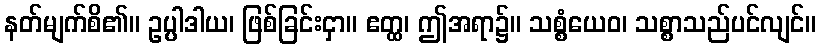
နတ်မျက်စိ၏။ ဥပ္ပါဒါယ၊ ဖြစ်ခြင်းငှာ။ ဧတ္ထ၊ ဤအရာ၌။ သစ္စံယေဝ၊ သစ္စာသည်ပင်လျင်။